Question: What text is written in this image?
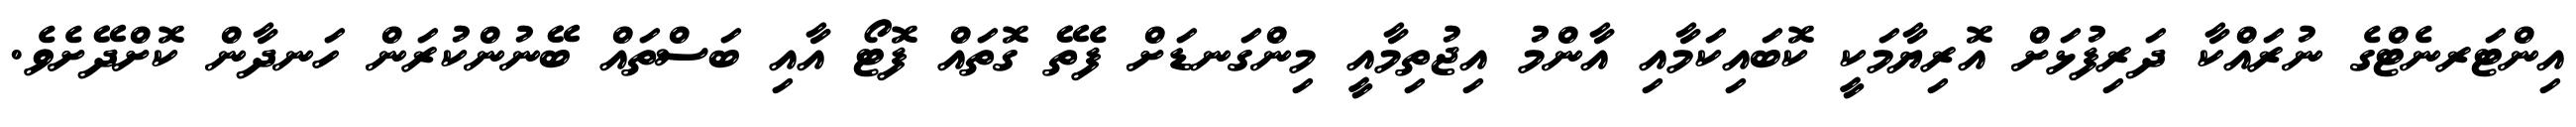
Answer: އިންޓަރނެޓްގެ ނުރައްކާ ދަރިފުޅަށް އޮރިޔާމަކީ ކޮބައިކަމާއި އާންމު އިޖުތިމާއީ މިންގަނޑަށް ފެތޭ ގޮތައް ފޮޓޯ އާއި ބަސްތައް ބޭނުންކުރަން ހަނދާން ކޮށްދޭށެވެ.